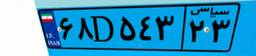
۶۸D۵۴۳۲۳